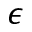
\epsilon